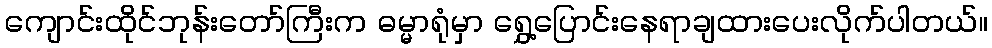
ကျောင်းထိုင်ဘုန်းတော်ကြီးက ဓမ္မာရုံမှာ ရွှေ့ပြောင်းနေရာချထားပေးလိုက်ပါတယ်။